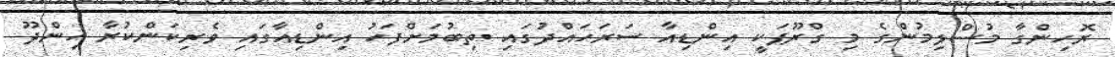
ރޮހިންގާ މުސްލިމުންގެ މި ގްރޫޕަކީ އިންޑިއާ ސަރަހައްދުގައި ތިބުމަށްފަހު އިންޑިއާގައި ވެރިކަންކުރާ ހިންދޫ